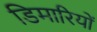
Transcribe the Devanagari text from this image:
डिमारियों